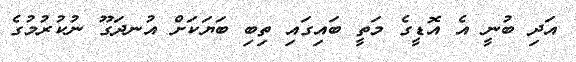
އަދި ބުނީ އެ އޮޑީގެ މަތީ ބައިގައި ތިބި ބަޔަކަށް އުނދަގޫ ނުކުރުމުގެ